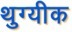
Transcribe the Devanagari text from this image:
थुग्यीक